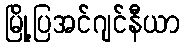
မြို့ပြအင်ဂျင်နီယာ